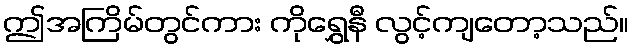
ဤအကြိမ်တွင်ကား ကိုရွှေနီ လွင့်ကျတော့သည်။